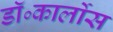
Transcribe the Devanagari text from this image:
डॉ॰कार्लोस